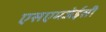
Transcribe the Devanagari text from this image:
एसएमजेईसी